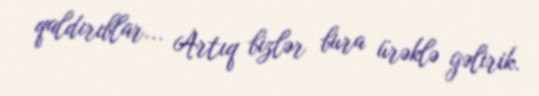
qaldırıblar... Artıq bizlər bura ürəklə gəlirik.